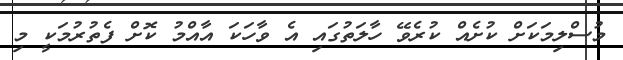
މުސްލިމަކަށް ކުށެއް ކުރެވޭ ހާލަތުގައި އެ ވާހަކަ އާއްމު ކޮށް ފެތުރުމަކީ މި